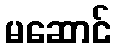
မဆောင်